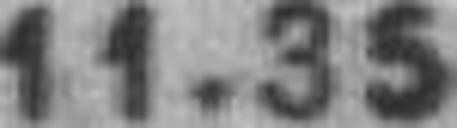
11.38